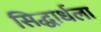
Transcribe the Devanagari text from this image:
सिद्धार्धला